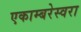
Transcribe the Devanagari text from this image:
एकाम्बरेस्वरा